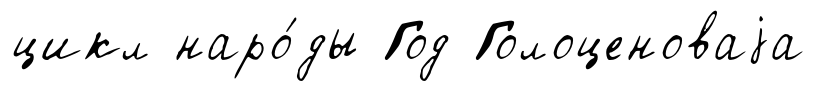
цикл наро́ды Год Голоценоваjа